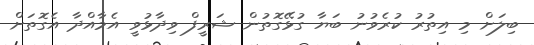
ބިލަށް މި އިތުރު ކުރެވުނު ބަޔާ ގުޅޭގޮތުން ޝަރީފް ވިދާޅުވީ އެމާއްދާ އެގޮތަށް